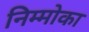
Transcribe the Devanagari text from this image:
निम्मोका